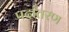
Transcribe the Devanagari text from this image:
पदांतरण